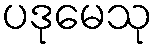
ပဒုမေသု